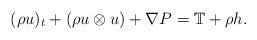
\begin{align*}(\rho u)_t+(\rho u\otimes u) +\nabla P = \mathbb{T}+\rho h.\end{align*}